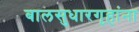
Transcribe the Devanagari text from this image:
बालसुधारगृहांना